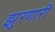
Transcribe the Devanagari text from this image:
झुरणारी